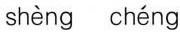
shèng chéng